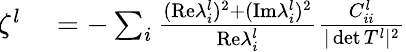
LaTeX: \begin{array}{rl}{\ \! \! \zeta^{l}}&{{}=-\sum_{i}\frac{(\mathrm{Re}\lambda_{i}^{l})^{2}+(\mathrm{Im}\lambda_{i}^{l})^{2}}{\mathrm{Re}\lambda_{i}^{l}}\frac{C_{ii}^{l}}{\vert\operatorname*{det}T^{l}\vert^{2}}}\end{array}